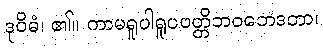
ဒုဝိဓံ၊ ၏။ ကာမရူပါရူပပတ္တိဘဝဘေဒတာ၊